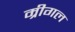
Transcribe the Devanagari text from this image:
म्रीगल